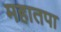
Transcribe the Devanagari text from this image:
महातपा